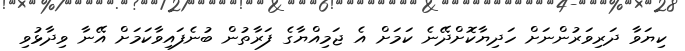
ކިޔަވާ ދަރިވަރުންނަށް ހަދިޔާކޮށްދޭނެ ކަމަށް އެ ޖަމިއްޔާގެ ފަރާތުން ބުނެފައިވާކަމަށް އޭނާ ވިދާޅުވި